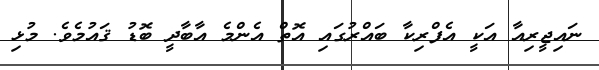
ނައިޖީރިއާ އަކީ އެފްރިކާ ބައްރުގައި އޮތް އެންމެ އާބާދީ ބޮޑު ޤައުމެވެ. މުޅި